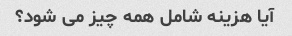
آیا هزینه شامل همه چیز می شود؟